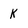
Character: k